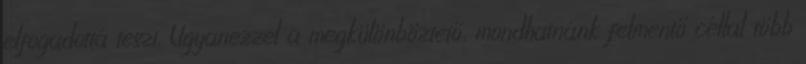
elfogadottá teszi. Ugyanezzel a megkülönböztető, mondhatnánk felmentő céllal több